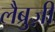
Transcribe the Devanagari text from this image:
लैब्रुज़ी